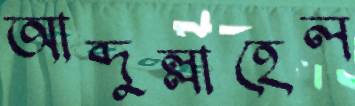
আব্দুল্লাহেল